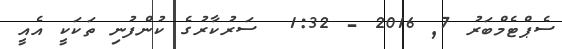
ސެޕްޓެމްބަރު 7